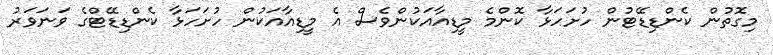
މިގޮތުން ކެންޑިޑޭޓުން ހުށަހަޅާ ކޮންމެ މީޑިއާއަކުންވެސް އެ މީޑިއާއަކުން ހުށަހަޅާ ކެންޑިޑޭޓްގެ ވަނަވަރު